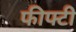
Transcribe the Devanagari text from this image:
फीफ्टी